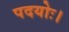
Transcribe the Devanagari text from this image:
पदयोः।